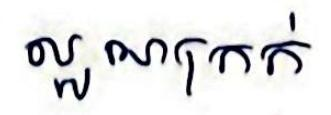
ល្អណក្រក់